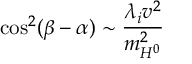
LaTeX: \cos ^ { 2 } ( \beta - \alpha ) \sim \frac { \lambda _ { i } v ^ { 2 } } { m _ { H ^ { 0 } } ^ { 2 } }